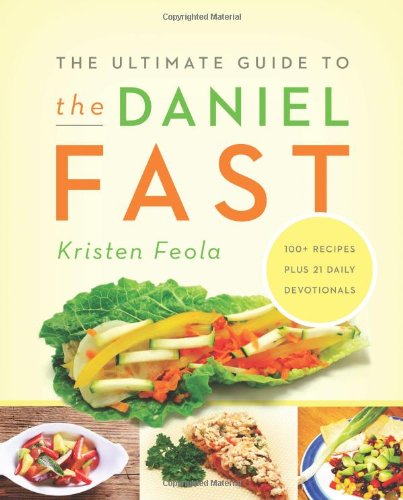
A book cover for The Ultimate Guide to the Daniel Fast; Kristen Feola; Religion & Spirituality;